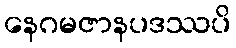
နေဂမဇာနပဒဿပိ